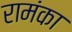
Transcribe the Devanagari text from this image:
रामंका